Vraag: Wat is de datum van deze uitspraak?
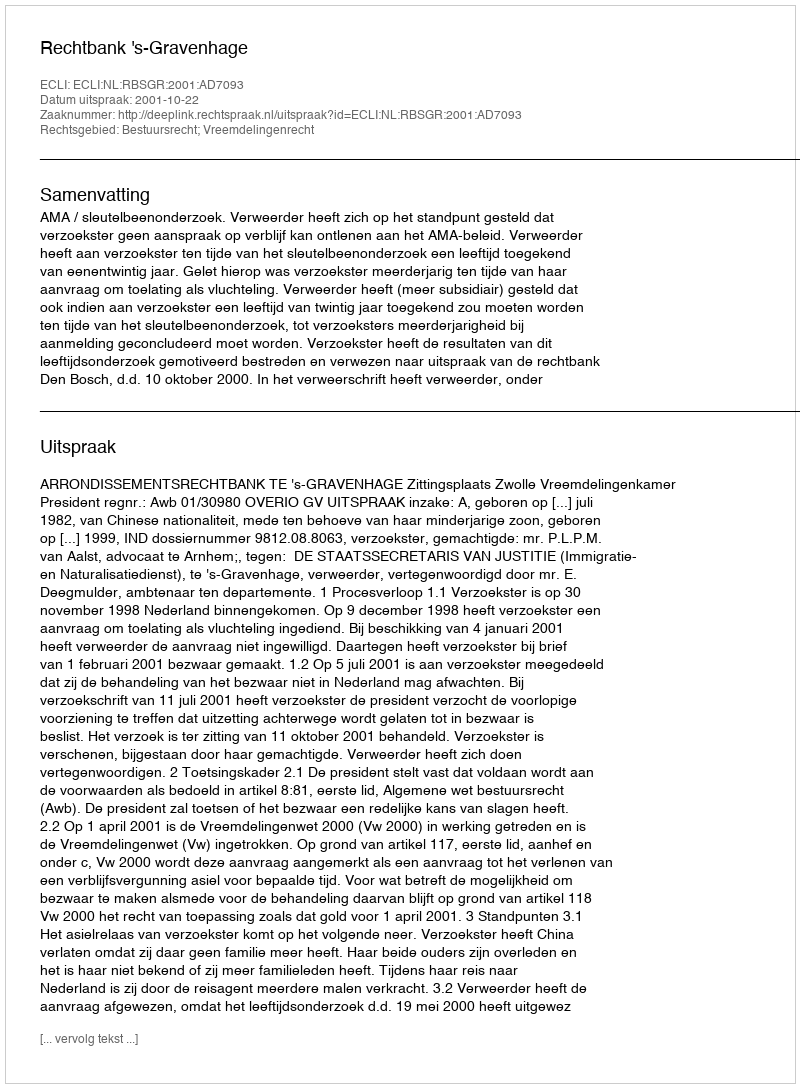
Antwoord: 2001-10-22